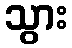
သွား